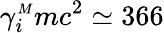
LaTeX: \gamma_{i}^{{\scriptscriptstyle M}}mc^{2}\simeq 366